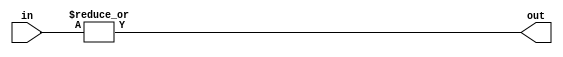
module or_gate_64(input [63:0] in, output reg out);

always @(*) begin
    out = |in; // Logical OR operation on all input signals
end

endmodule